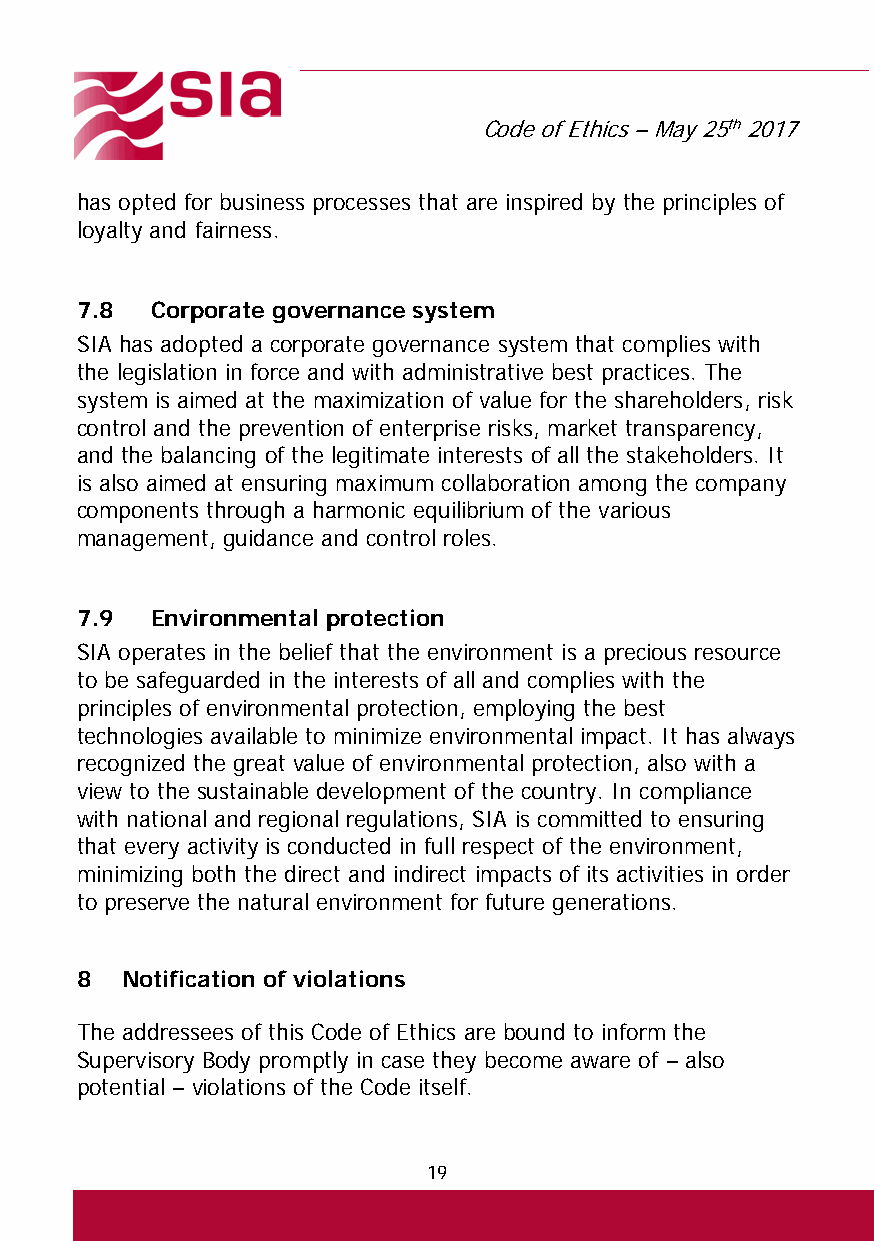
Code of Ethics – May 25th 2017
 has opted for business processes that are inspired by the principles of
 loyalty and fairness.
 7.8  Corporate governance system
 SIA has adopted a corporate governance system that complies with
 the legislation in force and with administrative best practices. The
 system is aimed at the maximization of value for the shareholders, risk
 control and the prevention of enterprise risks, market transparency,
 and the balancing of the legitimate interests of all the stakeholders. It
 is also aimed at ensuring maximum collaboration among the company
 components through a harmonic equilibrium of the various
 management, guidance and control roles.
 7.9  Environmental protection
 SIA operates in the belief that the environment is a precious resource
 to be safeguarded in the interests of all and complies with the
 principles of environmental protection, employing the best
 technologies available to minimize environmental impact. It has always
 recognized the great value of environmental protection, also with a
 view to the sustainable development of the country. In compliance
 with national and regional regulations, SIA is committed to ensuring
 that every activity is conducted in full respect of the environment,
 minimizing both the direct and indirect impacts of its activities in order
 to preserve the natural environment for future generations.
 8  Notification of violations
 The addressees of this Code of Ethics are bound to inform the
 Supervisory Body promptly in case they become aware of – also
 potential – violations of the Code itself.
 19